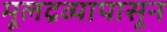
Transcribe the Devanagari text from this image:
मूलद्रव्यापासून